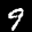
Label: 9